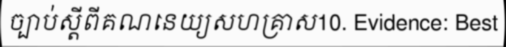
ច្បាប់ស្តីពីគណនេយ្យសហគ្រាស10. Evidence: Best